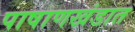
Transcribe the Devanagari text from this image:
पाषाणखंडात